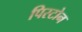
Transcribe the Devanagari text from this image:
पिस्टोन